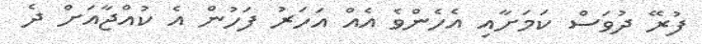
ފުރޭ ދުވަސް ކަމަށާއި އެހެންވެ އެއް އަހަރު ފަހުން އެ ކުއްޖާއަށް ދެ